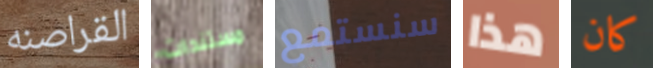
القراصنه مستندات سنستمع هذا كان